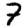
Digit: 7